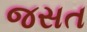
જસત